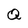
Character: Q